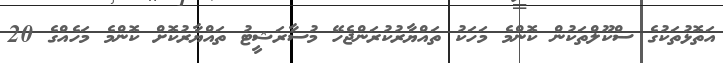
އަތޮޅުތަކުގެ ސްކޫލްތަކުން ކޮންމެ މަހަކު ތައްޔާރުކުރަންޖެހޭ މުސާރަޝީޓު ތައްޔާރުކޮށް ކޮންމެ މަހެއްގެ 20